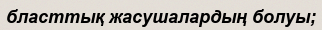
бласттық жасушалардың болуы;